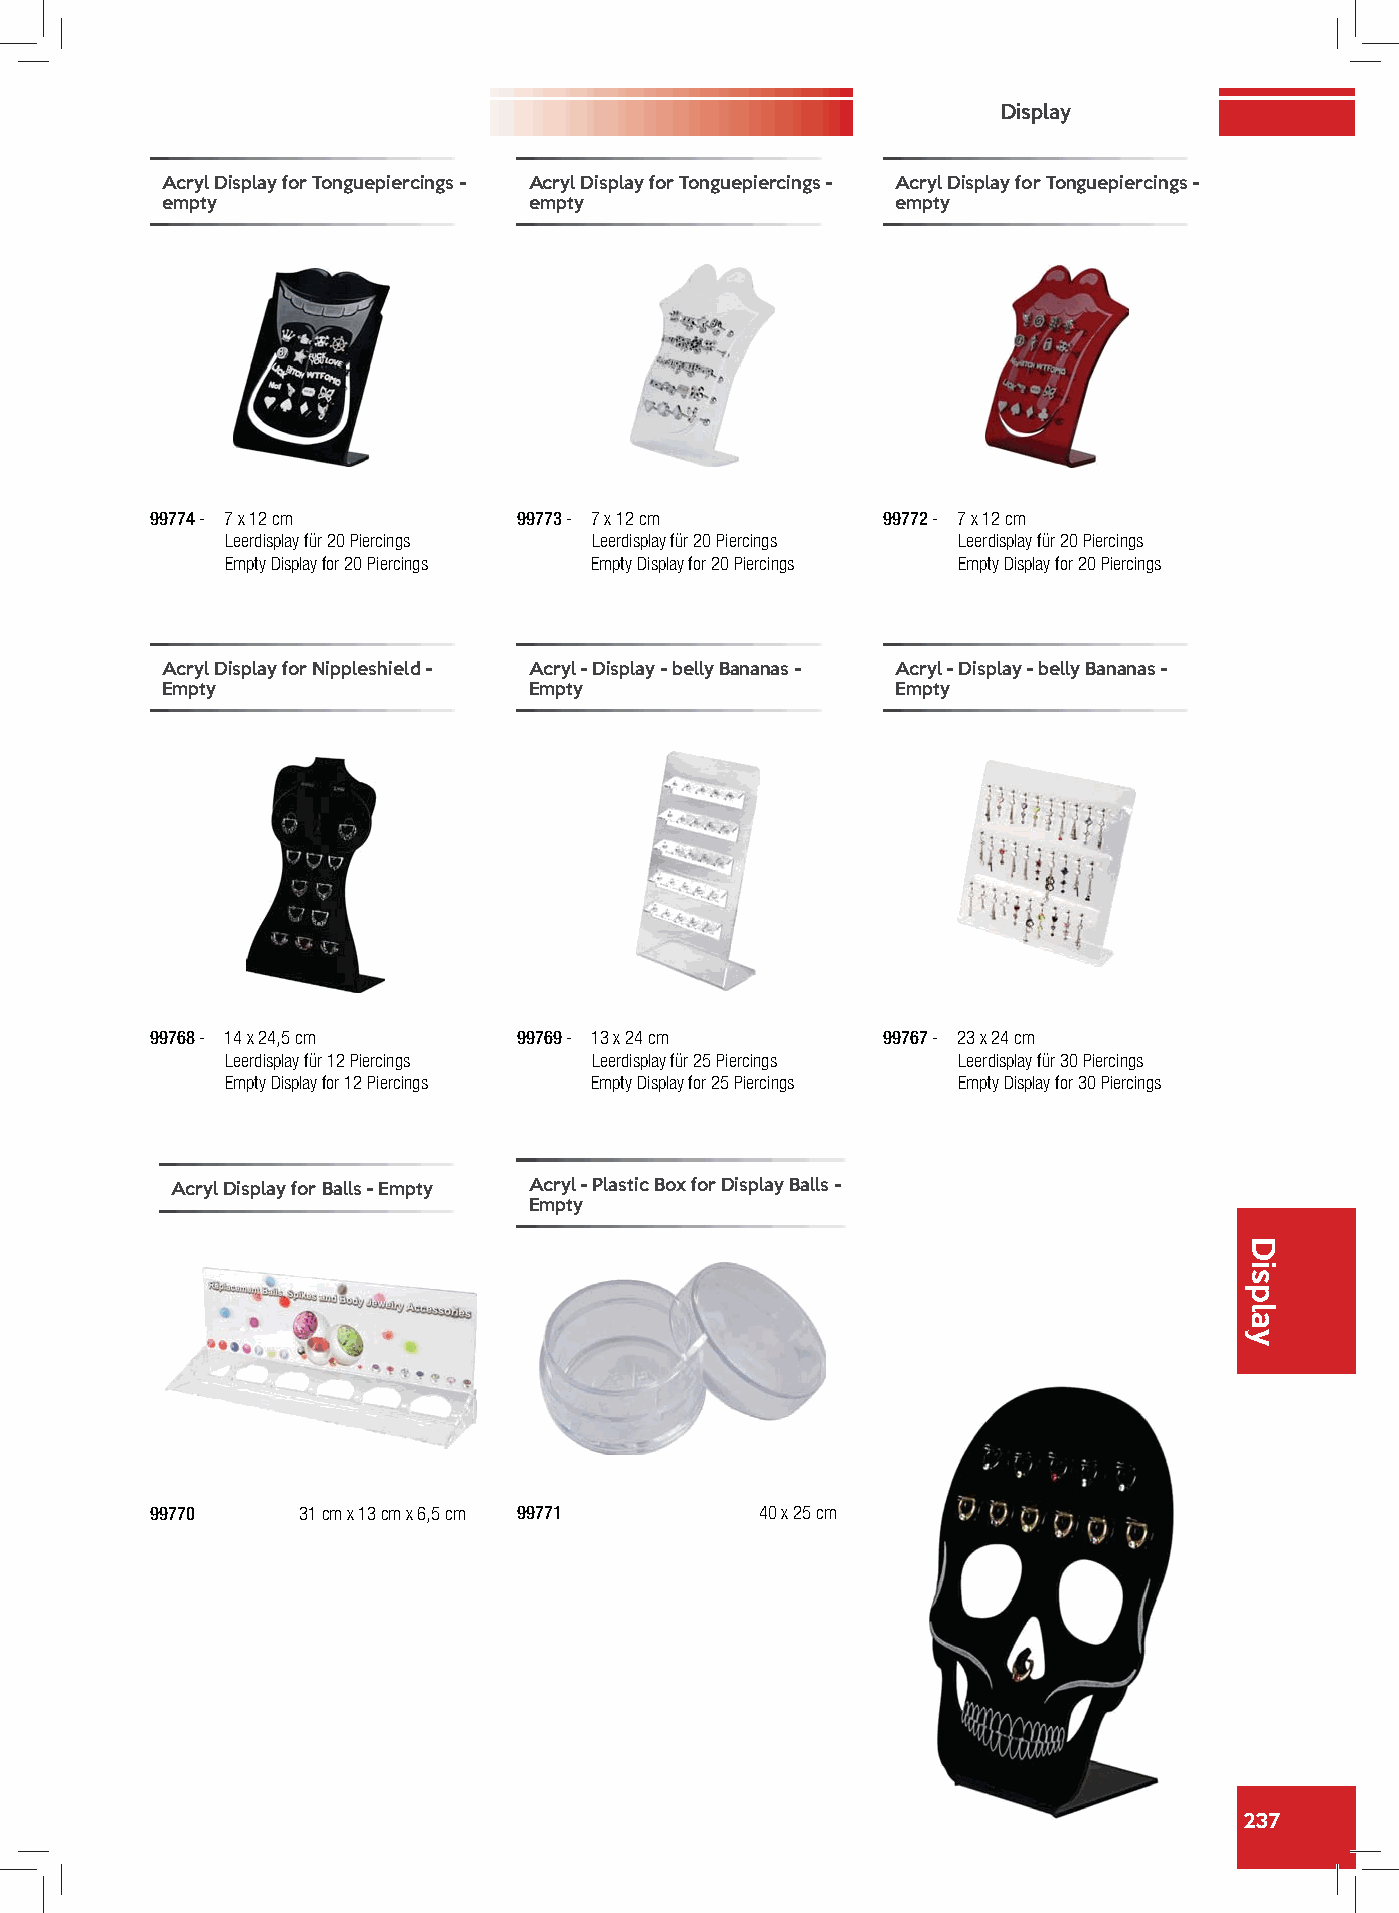
Display
 Acryl Display for Tonguepiercings - Acryl Display for Tonguepiercings - Acryl Display for Tonguepiercings -
 empty                   empty                   empty
 99774 - 7 x 12 cm       99773 - 7 x 12 cm       99772 - 7 x 12 cm
 Leerdisplay für 20 Piercings Leerdisplay für 20 Piercings Leerdisplay für 20 Piercings
 Empty Display for 20 Piercings Empty Display for 20 Piercings Empty Display for 20 Piercings
 Acryl Display for Nippleshield - Acryl - Display - belly Bananas - Acryl - Display - belly Bananas -
 Empty                   Empty                   Empty
 99768 - 14 x 24,5 cm    99769 - 13 x 24 cm      99767 - 23 x 24 cm
 Leerdisplay für 12 Piercings Leerdisplay für 25 Piercings Leerdisplay für 30 Piercings
 Empty Display for 12 Piercings Empty Display for 25 Piercings Empty Display for 30 Piercings
 Acryl Display for Balls - Empty Acryl - Plastic Box for Display Balls -
 Empty
 99770     31 cm x 13 cm x 6,5 cm 99771  40 x 25 cm
 237
 Display